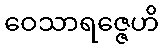
ဝေသာရဇ္ဇေဟိ